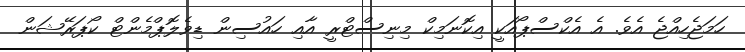
ހަމަޖެހިއްޖެ އެވެ. އެ އެކްސްޕޯއަކީ އިކޮނަމިކް މިނިސްޓްރީ އާއި ހައުސިން ޑިވެލޮޕްމެންޓް ކޯޕަރޭޝަން